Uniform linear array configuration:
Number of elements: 12
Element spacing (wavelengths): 0.25
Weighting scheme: hann
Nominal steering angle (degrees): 15
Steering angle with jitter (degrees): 15.694
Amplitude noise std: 0.05
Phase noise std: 0.05

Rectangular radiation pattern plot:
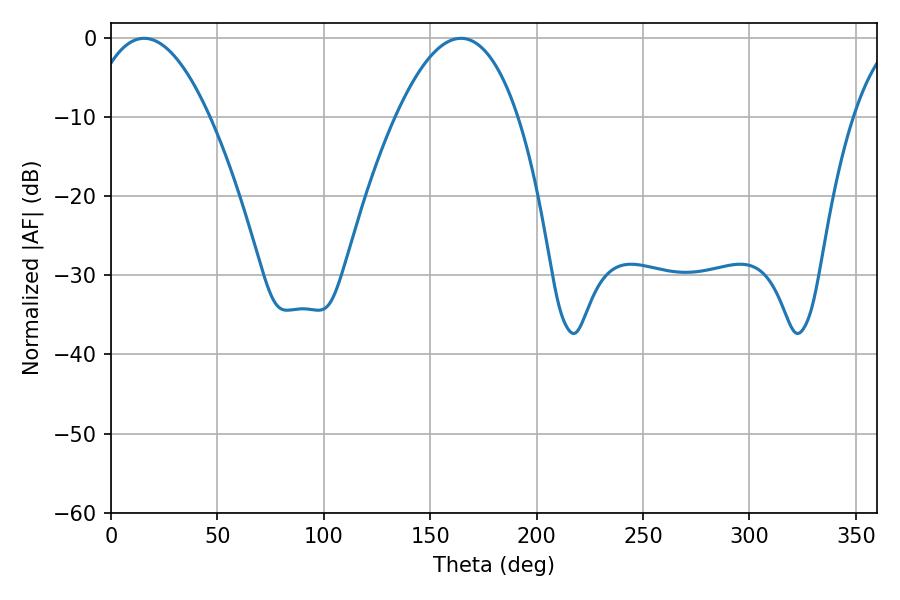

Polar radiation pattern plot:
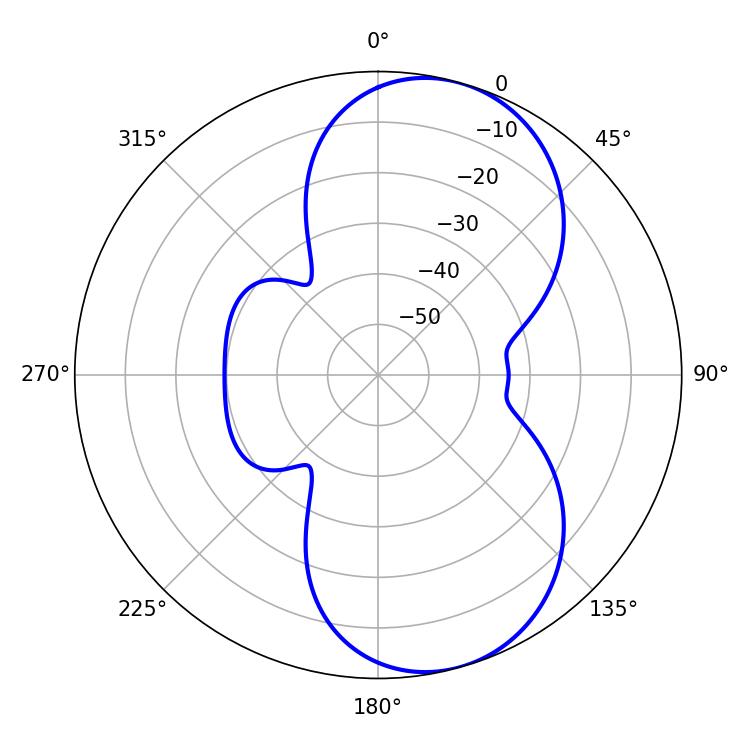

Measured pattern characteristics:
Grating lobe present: FALSE
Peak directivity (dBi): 7.79
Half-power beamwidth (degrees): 31.68
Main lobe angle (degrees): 15.48